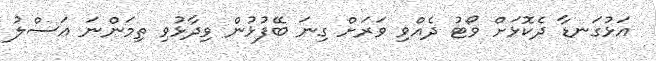
އަޅުގަނޑާ ދެކޮޅަށް ވޯޓު ދެއްވި ވަރަށް ގިނަ ބޭފުޅުން ވިދާޅުވި ތިމަންނަ އަސްލު